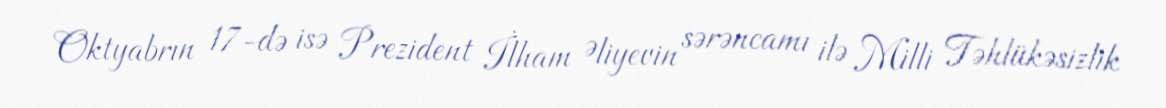
Oktyabrın 17-də isə Prezident İlham Əliyevin sərəncamı ilə Milli Təhlükəsizlik